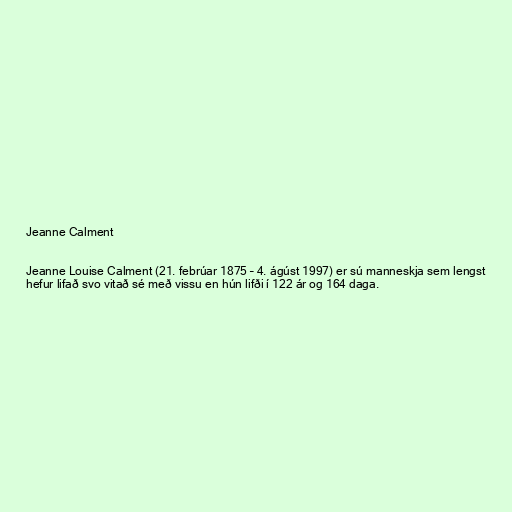
Jeanne Calment

Jeanne Louise Calment (21. febrúar 1875 – 4. ágúst 1997) er sú manneskja sem lengst
hefur lifað svo vitað sé með vissu en hún lifði í 122 ár og 164 daga.